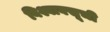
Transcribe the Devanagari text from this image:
विश्वावसूची